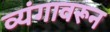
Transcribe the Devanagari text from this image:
व्यंगावरून